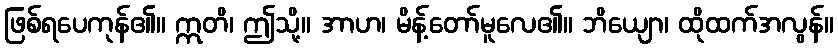
ဖြစ်ရပေကုန်၏။ ဣတိ၊ ဤသို့။ အာဟ၊ မိန့်တော်မူလေ၏။ ဘိယျော၊ ထိုထက်အလွန်။